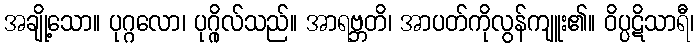
အချို့သော။ ပုဂ္ဂလော၊ ပုဂ္ဂိုလ်သည်။ အာရဗ္ဘတိ၊ အာပတ်ကိုလွန်ကျူး၏။ ဝိပ္ပဋိသာရီ၊